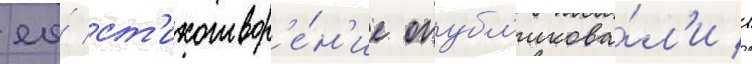
ео́ ст'ихотвор'е́н'ие опубл'икова́л'и в